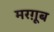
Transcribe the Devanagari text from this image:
मरग़ूूब